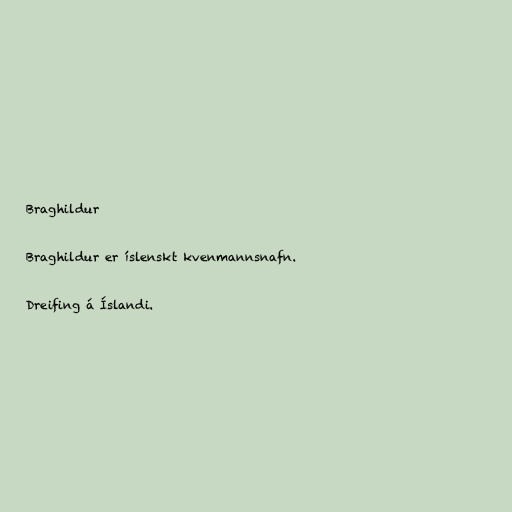
Braghildur

Braghildur er íslenskt kvenmannsnafn.

Dreifing á Íslandi.